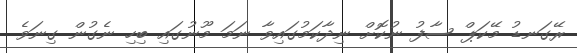
ރޭގަނޑު މޭކަޕް ސާފު ނުކޮށް ނިދާކަމުގައިވާ ނަމަ މޫނުގައި ބިހި ނެގުން ގިނަވެ